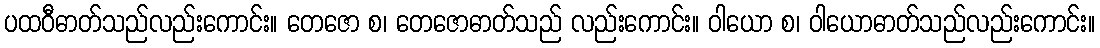
ပထဝီဓာတ်သည်လည်းကောင်း။ တေဇော စ၊ တေဇောဓာတ်သည် လည်းကောင်း။ ဝါယော စ၊ ဝါယောဓာတ်သည်လည်းကောင်း။